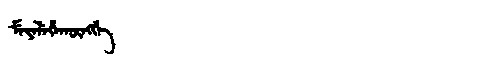
Manchu: ᠮᡝᠶᡝᠯᡝᡥᠠᡴᡡᠩᡤᡝ
Romanization: MEYELEHAKŪNGGE